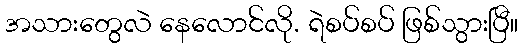
အသားတွေလဲ နေလောင်လို. ရဲစပ်စပ် ဖြစ်သွားပြီ။